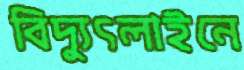
বিদ্যুৎলাইনে